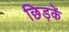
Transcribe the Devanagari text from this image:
छिड़कें